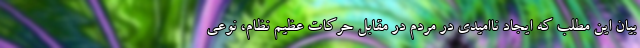
بیان این مطلب که ایجاد ناامیدی در مردم در مقابل حرکات عظیم نظام، نوعی